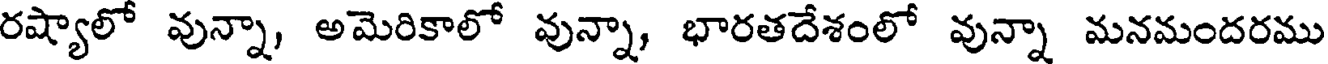
రష్యాలో వున్నా, అమెరికాలో వున్నా, భారతదేశంలో వున్నా మనమందరము